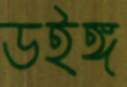
ডইঙ্গ